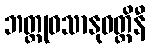
ဘတ္တုဝသာနုဝတ္တိနီ